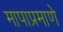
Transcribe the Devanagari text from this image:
मापाप्रमाणे